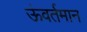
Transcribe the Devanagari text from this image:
ऊंवर्तमान